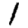
Digit: 1